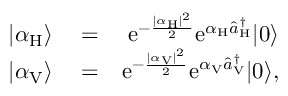
\begin{array} { r l r } { | \alpha _ { \mathrm { H } } \rangle } & { { } = } & { \mathrm { e } ^ { - \frac { | \alpha _ { \mathrm { H } } | ^ { 2 } } { 2 } } \mathrm { e } ^ { \alpha _ { \mathrm { H } } \hat { a } _ { \mathrm { H } } ^ { \dagger } } | 0 \rangle } \\ { | \alpha _ { \mathrm { V } } \rangle } & { { } = } & { \mathrm { e } ^ { - \frac { | \alpha _ { \mathrm { V } } | ^ { 2 } } { 2 } } \mathrm { e } ^ { \alpha _ { \mathrm { V } } \hat { a } _ { \mathrm { V } } ^ { \dagger } } | 0 \rangle , } \end{array}